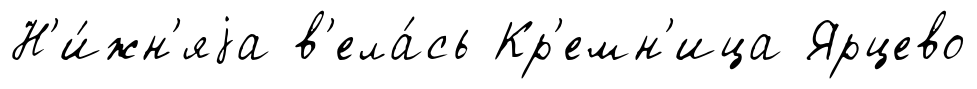
Н'и́жн'яjа в'ела́сь Кр'емн'ица Ярцево